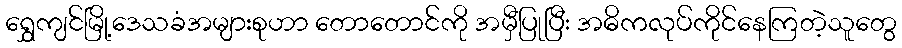
ရွှေကျင်မြို့ဒေသခံအများစုဟာ တောတောင်ကို အမှီပြုပြီး အဓိကလုပ်ကိုင်နေကြတဲ့သူတွေ